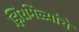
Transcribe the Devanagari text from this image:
झिरमिळ्यांचे